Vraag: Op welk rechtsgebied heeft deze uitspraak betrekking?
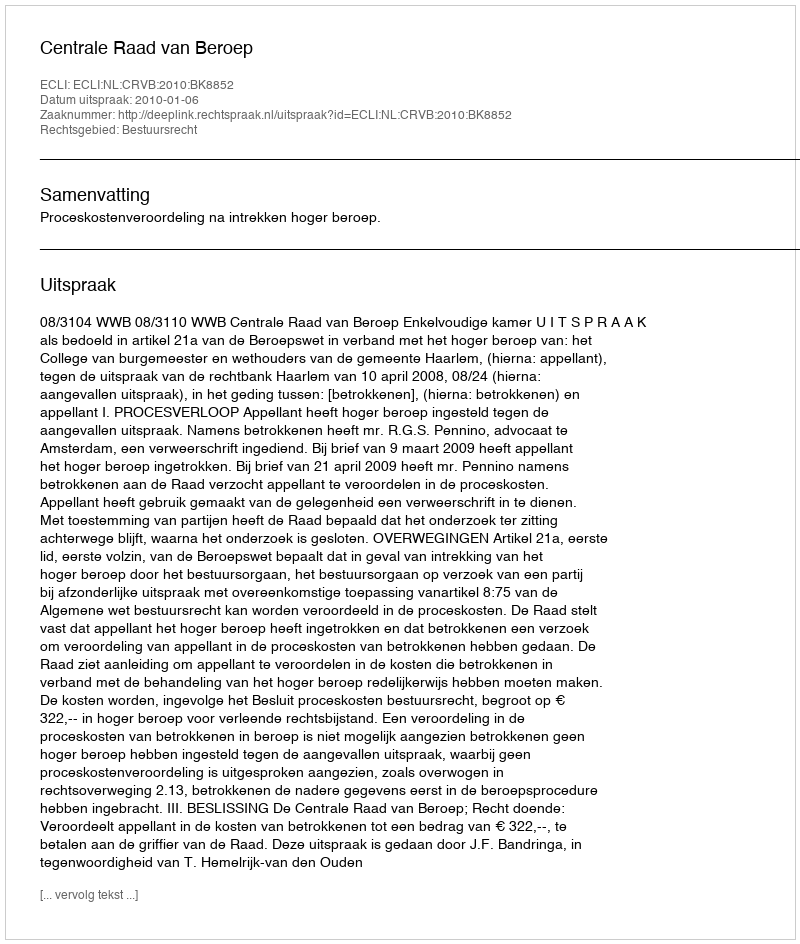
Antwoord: Bestuursrecht